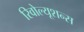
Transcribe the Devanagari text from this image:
रिवोल्यूशन्स